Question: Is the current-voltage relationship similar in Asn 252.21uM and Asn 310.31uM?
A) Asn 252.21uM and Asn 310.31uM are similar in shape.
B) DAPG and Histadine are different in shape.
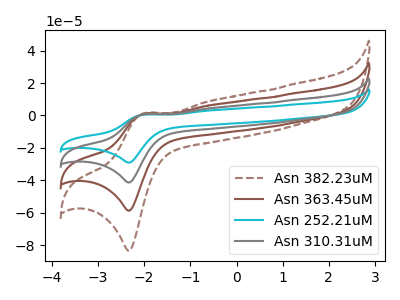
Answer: <think>The brown dashed curve "Asn 382.23uM" has an anodic peak at (-2.00V, 2.20uA) and a cathodic peak at (-2.30V, -124.00uA). The brown curve "Asn 363.45uM" has an anodic peak at (-2.00V, 1.45uA) and a cathodic peak at (-2.30V, -82.65uA). The cyan curve "Asn 252.21uM" has an anodic peak at (-2.00V, 0.50uA) and a cathodic peak at (-2.30V, -29.10uA). The gray curve "Asn 310.31uM" has an anodic peak at (-2.00V, 0.75uA) and a cathodic peak at (-2.30V, -41.35uA).
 All the peaks in "Asn 252.21uM" have a peak in "Asn 310.31uM" at the same potential. Every peak in "Asn 252.21uM" is lower than every peak in "Asn 310.31uM".</think>
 <answer>A) "Asn 252.21uM" and "Asn 310.31uM" are similar in shape.</answer>
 <eval>A</eval>